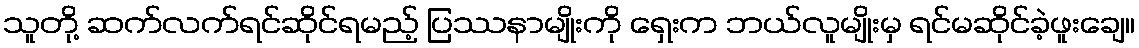
သူတို့ ဆက်လက်ရင်ဆိုင်ရမည့် ပြဿနာမျိုးကို ရှေးက ဘယ်လူမျိုးမှ ရင်မဆိုင်ခဲ့ဖူးချေ။